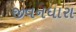
જીવનધારા